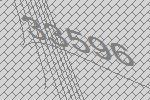
33596